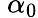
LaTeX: \ \alpha_{0}